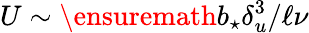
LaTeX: U\sim\ensuremath{b_{\star}}\delta_{u}^{3}/\ell\nu